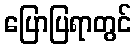
ပြောပြရာတွင်